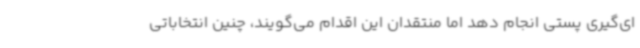
ای‌گیری پستی انجام دهد اما منتقدان این اقدام می‌گویند، چنین انتخاباتی